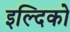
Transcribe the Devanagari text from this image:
इल्दिको